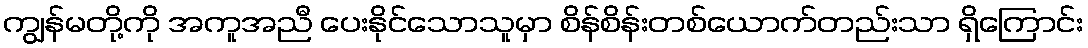
ကျွန်မတို့ကို အကူအညီ ပေးနိုင်သောသူမှာ စိန်စိန်းတစ်ယောက်တည်းသာ ရှိကြောင်း